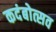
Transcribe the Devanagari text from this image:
कदंबोत्सव